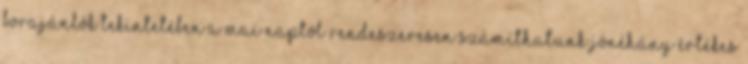
borajánlók tekintetében a mai naptól rendeszeresen számíthatunk jónéhány értékes